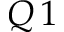
Q \, 1